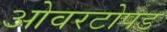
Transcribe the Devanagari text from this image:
ओवरटोपड